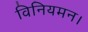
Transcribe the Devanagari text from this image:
विनियमन।